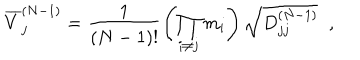
LaTeX: \overline { { { V } } } _ { j } ^ { ( N - 1 ) } = \frac { 1 } { ( N - 1 ) ! } \left( \prod _ { i \neq j } ^ { } m _ { i } \right) \sqrt { D _ { j j } ^ { ( N - 1 ) } } \; \; ,